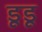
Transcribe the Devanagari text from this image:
डूडू